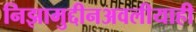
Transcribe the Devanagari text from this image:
निझामुद्दीनअवलीयाही